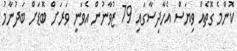
ކޮންމެ ގޮތެއް ވިޔަސް އެހާދިސާގައި 79 ޒުވާނުން އެވަނީ ވަރަށް ބޮޑަށް ބަދުނާމު